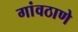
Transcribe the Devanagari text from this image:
गांवठाणे